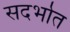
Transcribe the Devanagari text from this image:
सदर्भात